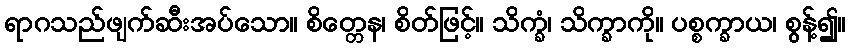
ရာဂသည်ဖျက်ဆီးအပ်သော။ စိတ္တေန၊ စိတ်ဖြင့်။ သိက္ခံ၊ သိက္ခာကို။ ပစ္စက္ခာယ၊ စွန့်၍။